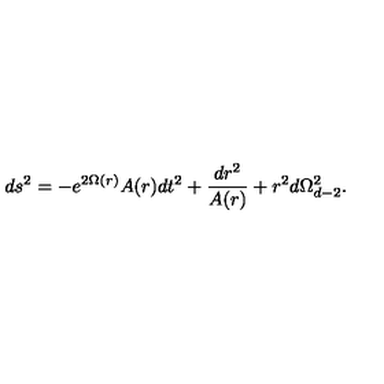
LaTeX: d s ^ { 2 } = - e ^ { 2 \Omega ( r ) } A ( r ) d t ^ { 2 } + \frac { d r ^ { 2 } } { A ( r ) } + r ^ { 2 } d \Omega _ { d - 2 } ^ { 2 } .